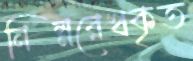
নিম্নরেখকৃত